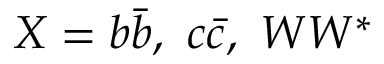
X = b \bar { b } , \ c \bar { c } , \ W W ^ { * }